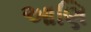
આણિ